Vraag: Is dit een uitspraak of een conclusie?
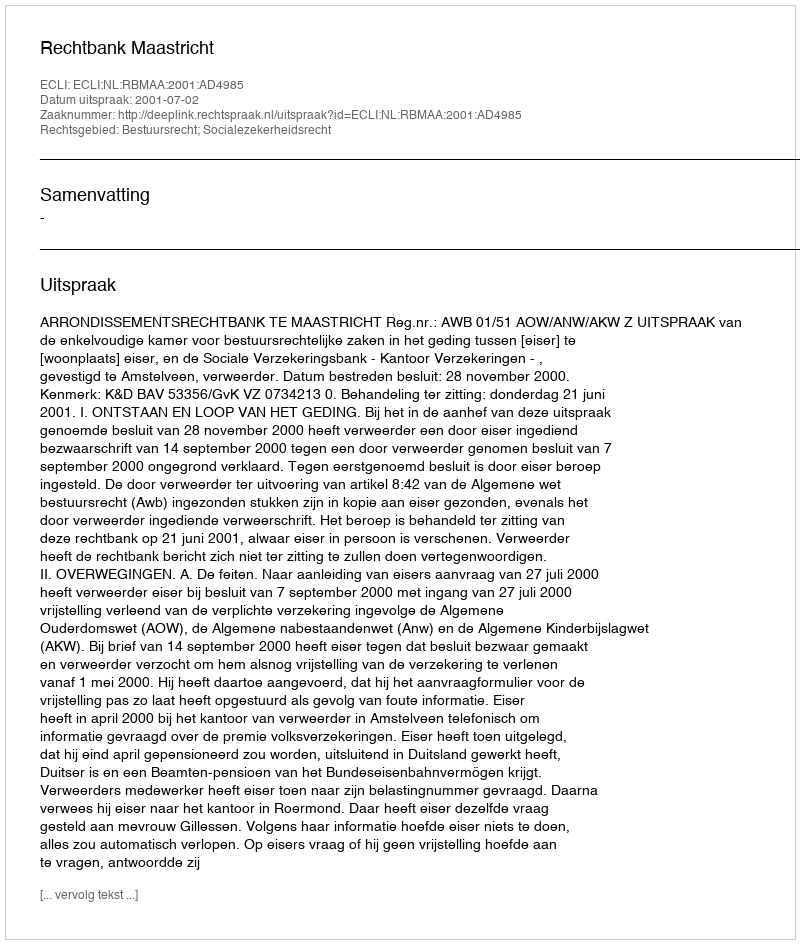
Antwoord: Uitspraak